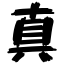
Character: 真